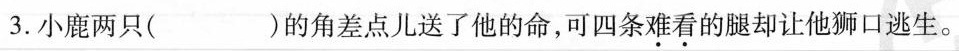
3.小鹿两只( )的角差点儿送了他的命，可四条难看的腿却让他狮口逃生。